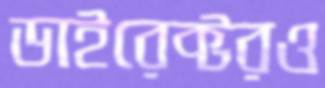
ডাইরেক্টরও